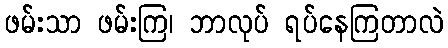
ဖမ်းသာ ဖမ်းကြ၊ ဘာလုပ် ရပ်နေကြတာလဲ